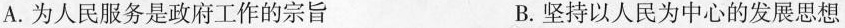
A.为人民服务是政府工作的宗旨 B.坚持以人民为中心的发展思想